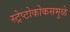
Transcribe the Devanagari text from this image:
स्ट्रेप्टोकोकसमुळे